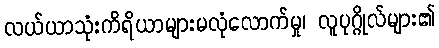
လယ်ယာသုံးကိရိယာများမလုံလောက်မှု၊ လူပုဂ္ဂိုလ်များ၏